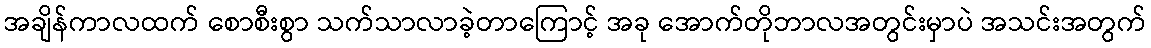
အချိန်ကာလထက် စောစီးစွာ သက်သာလာခဲ့တာကြောင့် အခု အောက်တိုဘာလအတွင်းမှာပဲ အသင်းအတွက်